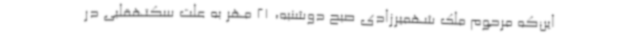
این‌که مرحوم ملک شهمیرزادی صبح دوشنبه، 21 مهر به علت سکتهقلبی در